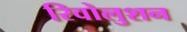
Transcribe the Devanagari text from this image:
रिवोलुशन